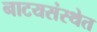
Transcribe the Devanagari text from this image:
नाटयसंस्थेत